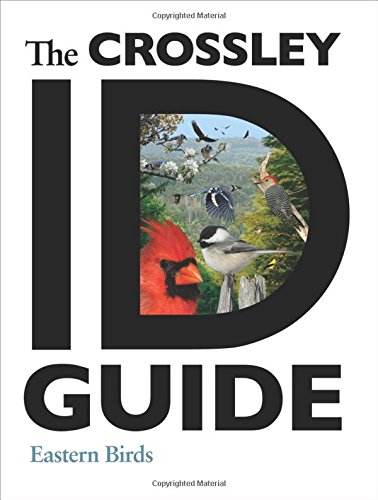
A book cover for The Crossley ID Guide: Eastern Birds (The Crossley ID Guides); Richard Crossley; Science & Math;